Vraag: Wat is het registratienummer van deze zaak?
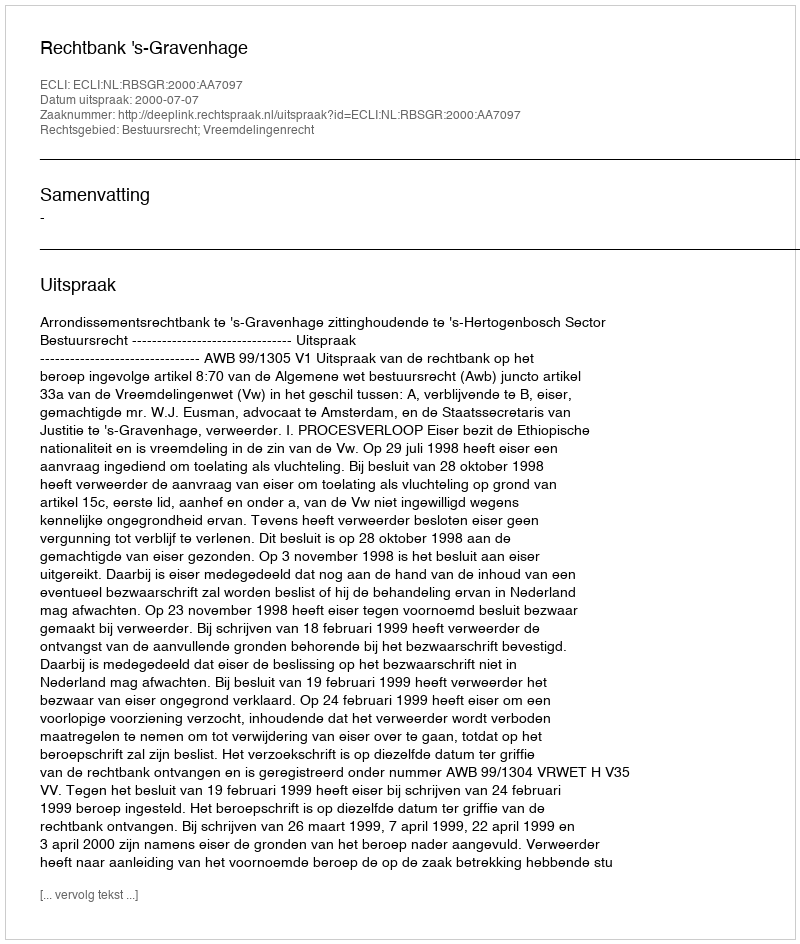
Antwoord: http://deeplink.rechtspraak.nl/uitspraak?id=ECLI:NL:RBSGR:2000:AA7097